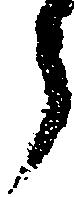
う